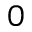
_ 0